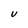
Character: U